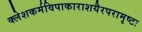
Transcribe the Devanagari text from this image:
क्लेशकर्मविपाकाराशयैरपरामृष्टः